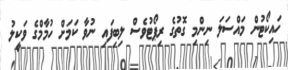
ހައިކޯޓުން މައްސަލަ ނިންމި ގޮތުގެ ރިޕޯޓުވެސް ލިބިފައި ނުވާ ކަމަށް ހުމާމްގެ ވަކީލު